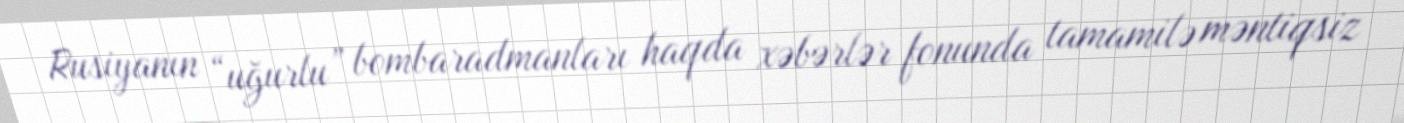
Rusiyanın “uğurlu” bombaradmanları haqda xəbərlər fonunda tamamilə məntiqsiz